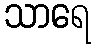
သာရေ